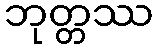
ဘုတ္တဿ